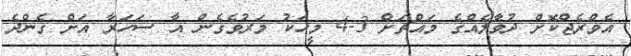
އެވްރެޖްކޮށް ދުވާލެއްގެ މައްޗަށް 3-4 މީހަކު މަރުވެގެން އާ ސަހަރާ އަށް ގެންދެ